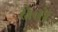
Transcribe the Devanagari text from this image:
क्षेतों